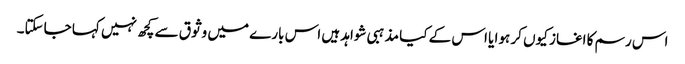
اس رسم کا اغاز کیوں کر ہوا یا اس کے کیا مذہبی شواہد ہیں اس بارے میں وثوق سے کچھ نہیں کہا جاسکتا۔